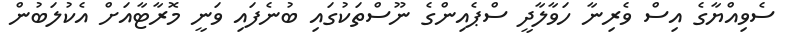
ސެވިއްޔާގެ އިސް ވެރިނާ ހަވާލާދީ ސްޕެއިންގެ ނޫސްތަކުގައި ބުނެފައި ވަނީ މޮރާޓާއަށް އެކުލަބުން